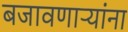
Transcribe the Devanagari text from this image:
बजावणाऱ्यांना